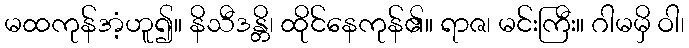
မထကုန်အံ့ဟူ၍။ နိသီဒန္တိ၊ ထိုင်နေကုန်၏။ ရာဇ၊ မင်းကြီး။ ဂါမမှိ ဝါ၊